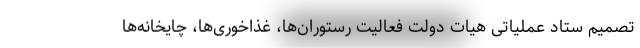
تصمیم ستاد عملیاتی هیات دولت فعالیت رستوران‌ها، غذاخوری‌ها، چایخانه‌ها